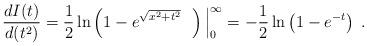
LaTeX: \begin{align*}\frac{d I(t)}{d(t^2)}=\frac{1}{2}\ln\left(1-e^{\sqrt{x^2+t^2}}~~\right)\Big|_0^{\infty}=-\frac{1}{2}\ln\left(1-e^{-t}\right)\;.\end{align*}